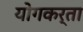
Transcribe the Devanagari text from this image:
योगकर्ता